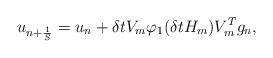
LaTeX: \begin{align*}u_{n+\frac{1}{S}} = u_{n} + \delta t V_m\varphi_1(\delta t H_m)V_m^Tg_n,\end{align*}